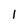
Character: 1